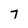
Character: 7